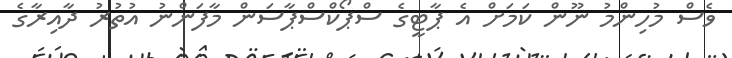
ވެސް މުހިންމު ނޫން ކަމަށް އެ ޕާޓީގެ ސްޕޯކްސްޕާސަން މާފަންނު އުތުރު ދާއިރާގެ